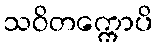
သဝိတက္ကောပိ